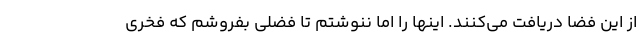
از این فضا دریافت می‌کنند. اینها را اما ننوشتم تا فضلی بفروشم که فخری